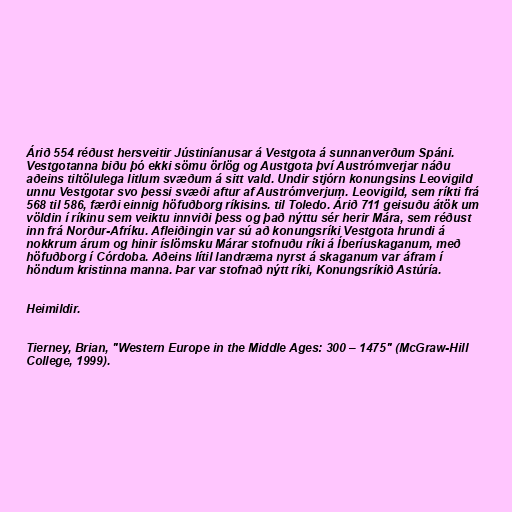
Árið 554 réðust hersveitir Jústiníanusar á Vestgota á sunnanverðum Spáni.
Vestgotanna biðu þó ekki sömu örlög og Austgota því Austrómverjar náðu
aðeins tiltölulega litlum svæðum á sitt vald. Undir stjórn konungsins Leovigild
unnu Vestgotar svo þessi svæði aftur af Austrómverjum. Leovigild, sem ríkti frá
568 til 586, færði einnig höfuðborg ríkisins. til Toledo. Árið 711 geisuðu átök um
völdin í ríkinu sem veiktu innviði þess og það nýttu sér herir Mára, sem réðust
inn frá Norður-Afríku. Afleiðingin var sú að konungsríki Vestgota hrundi á
nokkrum árum og hinir íslömsku Márar stofnuðu ríki á Íberíuskaganum, með
höfuðborg í Córdoba. Aðeins lítil landræma nyrst á skaganum var áfram í
höndum kristinna manna. Þar var stofnað nýtt ríki, Konungsríkið Astúría.

Heimildir.

Tierney, Brian, "Western Europe in the Middle Ages: 300 – 1475" (McGraw-Hill
College, 1999).